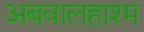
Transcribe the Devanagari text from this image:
अबवालहाश्म